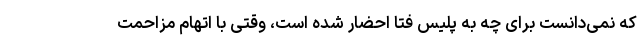
که نمی‌دانست برای چه به پلیس فتا احضار شده است، وقتی با اتهام مزاحمت